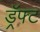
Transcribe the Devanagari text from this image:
ड्रॅफ्ट